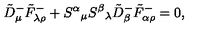
\tilde { D } _ { \mu } ^ { - } \tilde { F } _ { \lambda \rho } ^ { - } + S ^ { \alpha } { } _ { \mu } S ^ { \beta } { } _ { \lambda } \tilde { D } _ { \beta } ^ { - } \tilde { F } _ { \alpha \rho } ^ { - } = 0 ,